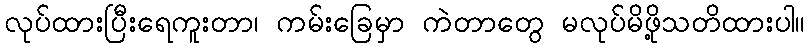
လုပ်ထားပြီးရေကူးတာ၊ ကမ်းခြေမှာ ကဲတာတွေ မလုပ်မိဖို့သတိထားပါ။